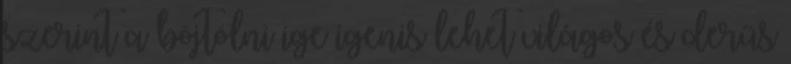
szerint a böjtölni ige igenis lehet világos és derűs